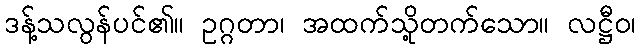
ဒန့်သလွန်ပင်၏။ ဥဂ္ဂတာ၊ အထက်သို့တက်သော။ လဋ္ဌီဝ၊